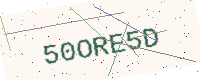
Text: 50ORE5D